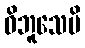
ဝိဘူသေမိ